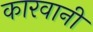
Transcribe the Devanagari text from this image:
कारवानी